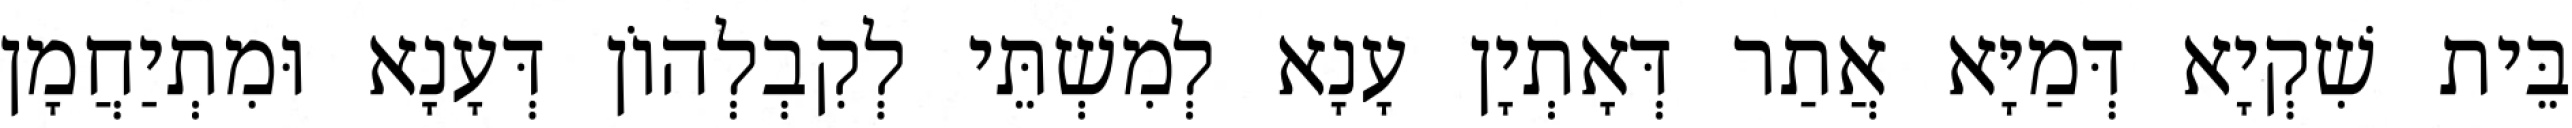
בֵּית שִׁקְיָא דְּמַיָּא אֲתַר דְּאָתְיָן עָנָא לְמִשְׁתֵּי לְקִבְלְהוֹן דְּעָנָא וּמִתְיַחֲמָן